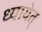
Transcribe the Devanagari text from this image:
ध्यायेत्